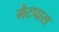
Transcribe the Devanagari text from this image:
गेटपास